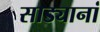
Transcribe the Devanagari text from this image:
साड्यानां